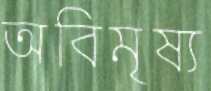
অবিমৃষ্য